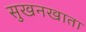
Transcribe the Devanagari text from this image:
सुखनखाता